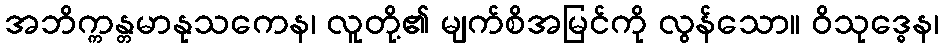
အဘိက္ကန္တမာနုသကေန၊ လူတို့၏ မျက်စိအမြင်ကို လွန်သော။ ဝိသုဒ္ဓေန၊